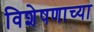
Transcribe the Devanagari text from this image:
विशेषणाच्या